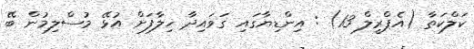
ކަލްކަތާ (އެޕްރީލް 13) : އިންޑިޔާގައި ގަވައިދާ ޚިލާފަށް އުޅޭ މުސްލިމުން ބޭ